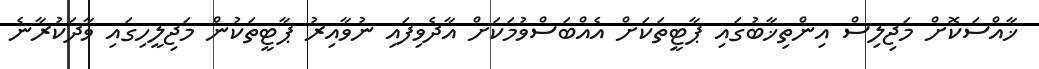
ޚާއްސަކޮށް މަޖިލިސް އިންތިޚާބުގައި ޕާޓީތަކަށް އެއްބަސްވުމަކަށް އާދެވިފައި ނުވާއިރު ޕާޓީތަކުން މަޖިލީހިގައި ވާދަކުރާނެ